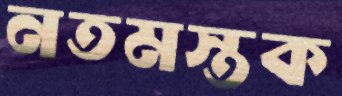
নতমস্তক